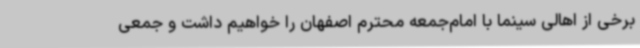
برخی از اهالی سینما با امام‌جمعه محترم اصفهان را خواهیم داشت و جمعی